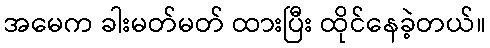
အမေက ခါးမတ်မတ် ထားပြီး ထိုင်နေခဲ့တယ်။